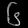
Digit: ၆